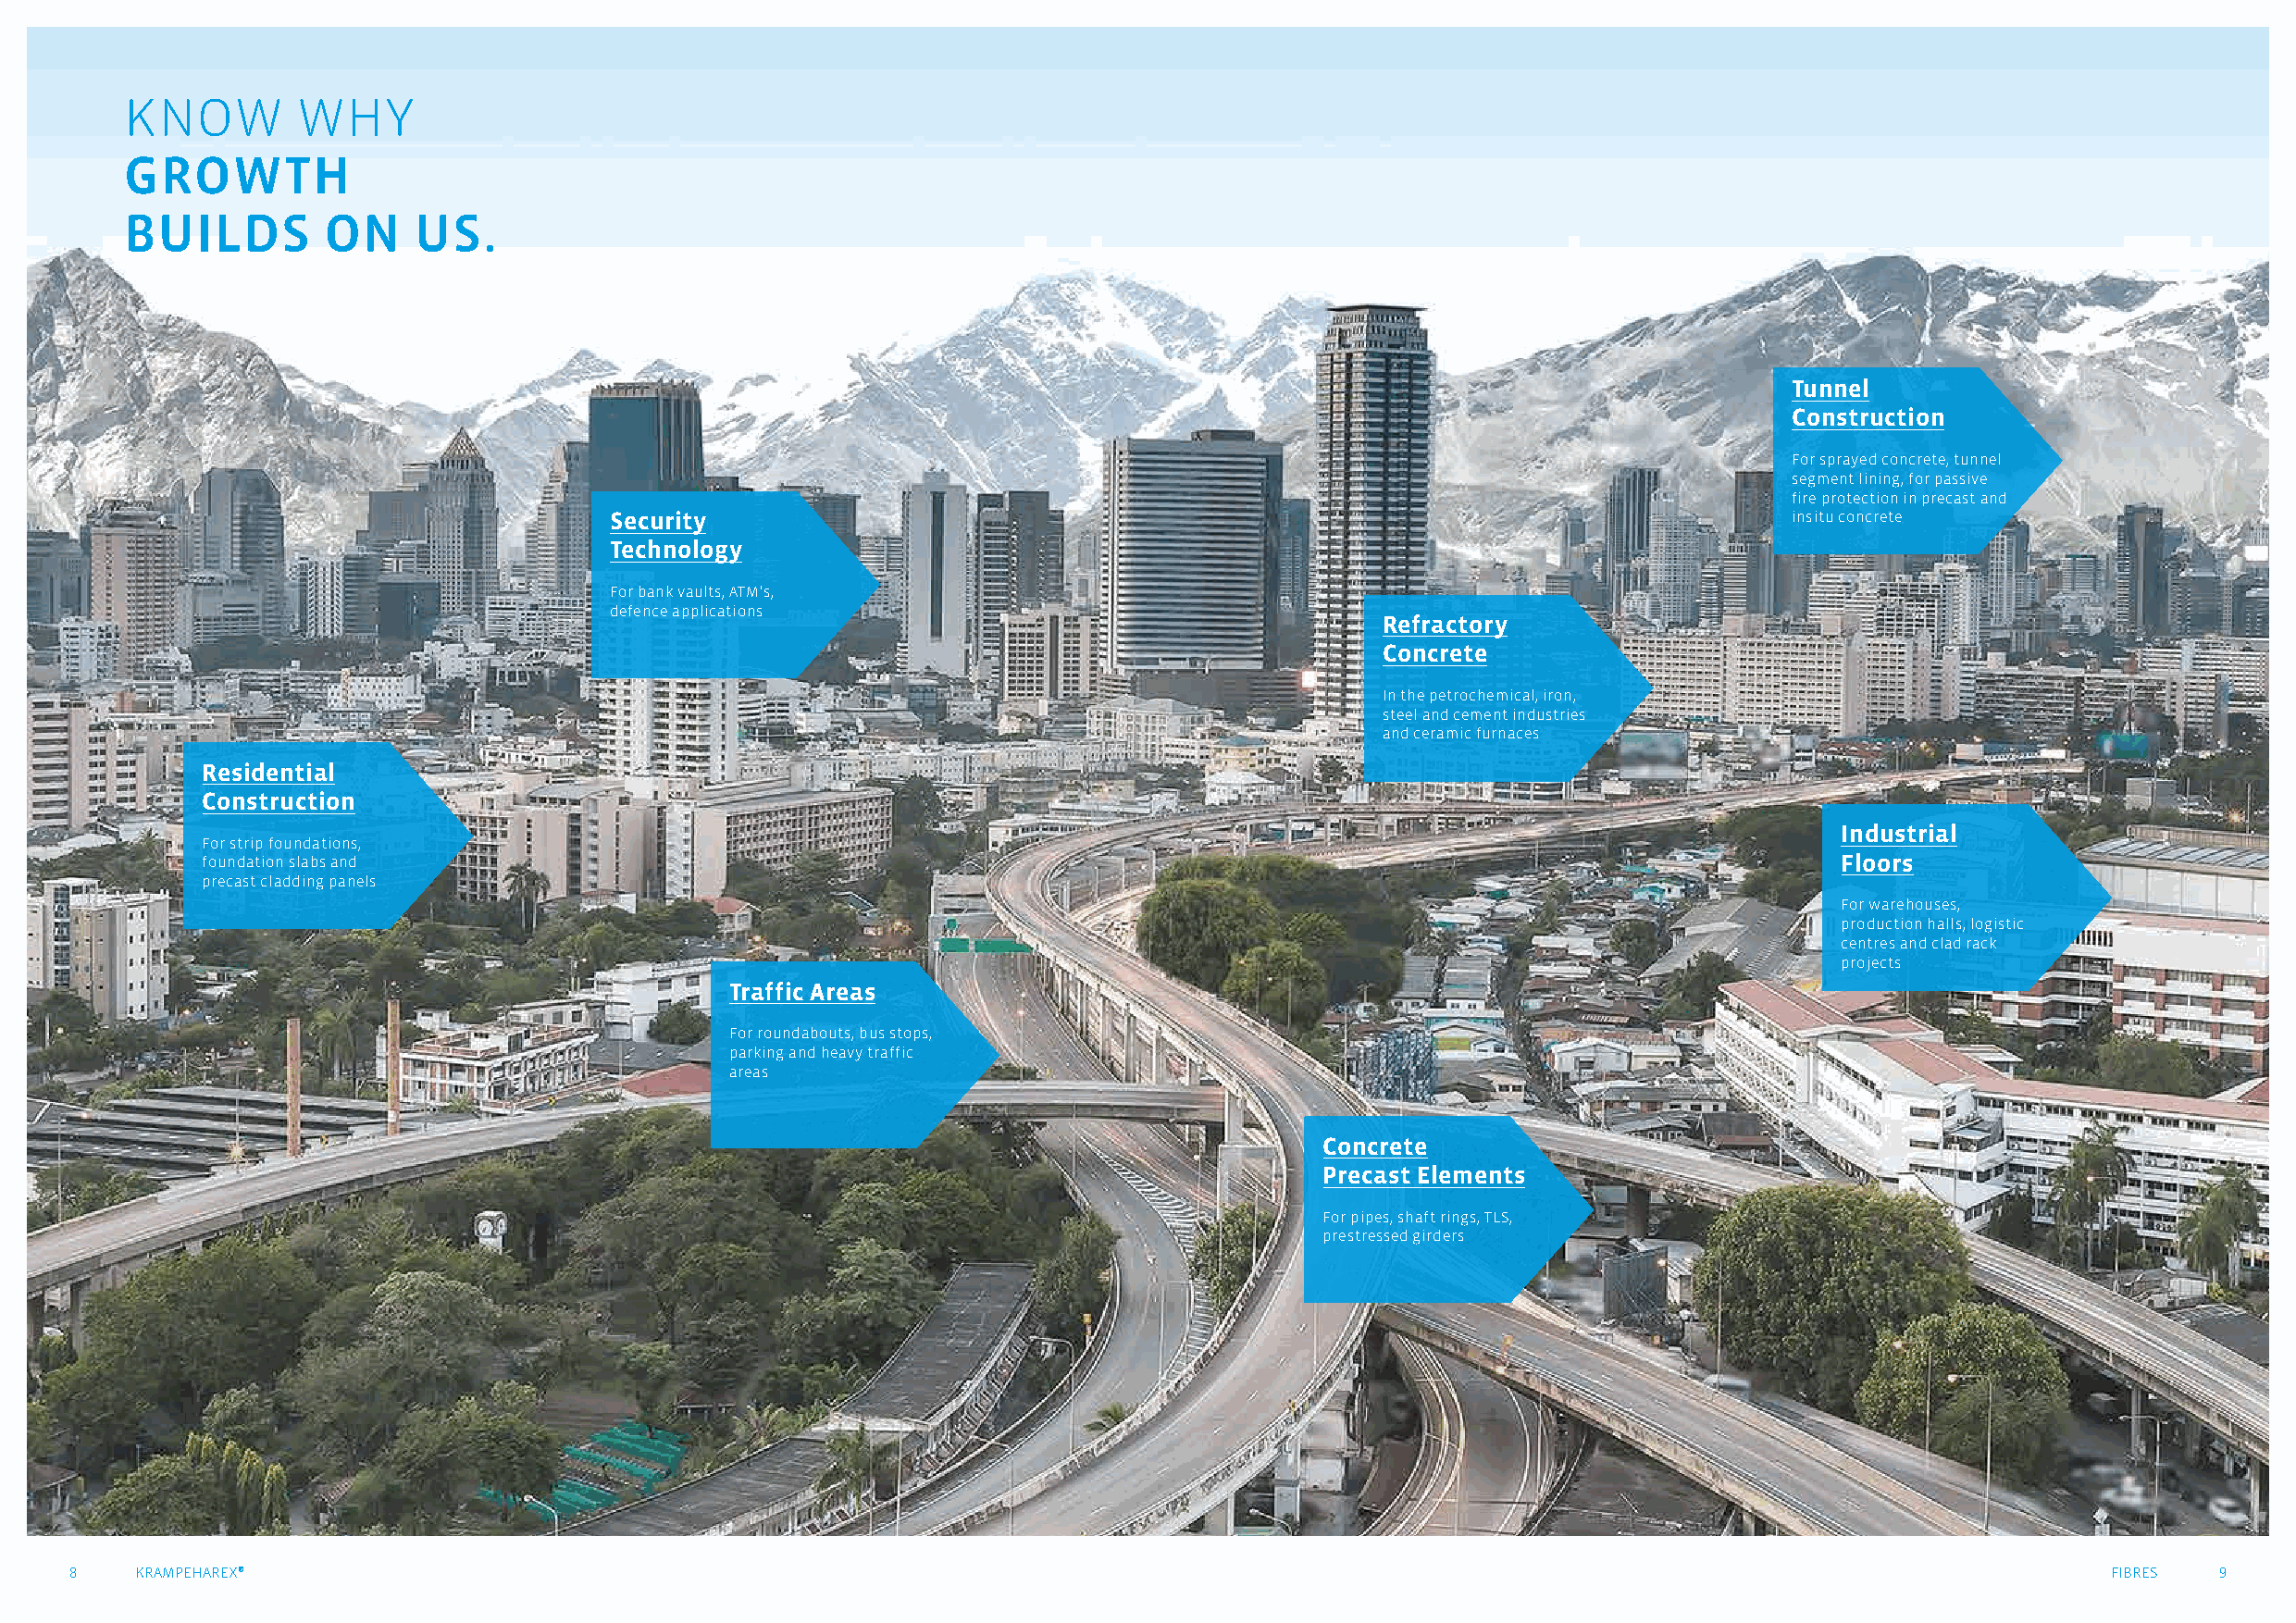
KNOW        WHY
 GROWTH
 BUILDS        ON     US.
 Tunnel
 Construction
 For sprayed concrete, tunnel
 segment lining, for passive
 fire protection in precast and
 Security                                                                            insitu concrete
 Technology
 For bank vaults, ATM's,
 defence applications
 Refractory
 Concrete
 In the petrochemical, iron,
 steel and cement industries
 and ceramic furnaces
 Residential
 Construction
 Industrial
 For strip foundations,
 foundation slabs and                                                                                                  Floors
 precast cladding panels
 For warehouses,
 production halls, logistic
 centres and clad rack
 projects
 Traffic Areas
 For roundabouts, bus stops,
 parking and heavy traffic
 areas
 Concrete
 Precast Elements
 For pipes, shaft rings, TLS,
 prestressed girders
 8    KRAMPEHAREX®                                                                                                                                 FIBRES  9